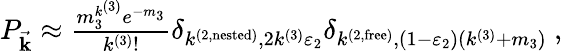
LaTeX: \begin{array}{ll}{P_{\vec{\mathbf{k}}}\approx\frac{m_{3}^{k^{(3)}}e^{-m_{3}}}{k^{(3)}!}\delta_{k^{(2,\mathrm{nested})},2k^{(3)}\varepsilon_{2}}\delta_{k^{(2,\mathrm{free})},(1-\varepsilon_{2})(k^{(3)}+m_{3})}~,}\end{array}